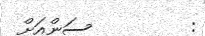
:         ސަންއަށް